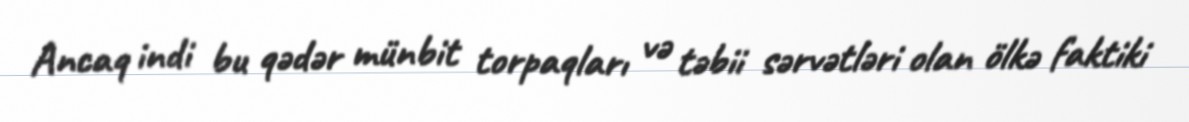
Ancaq indi bu qədər münbit torpaqları və təbii sərvətləri olan ölkə faktiki